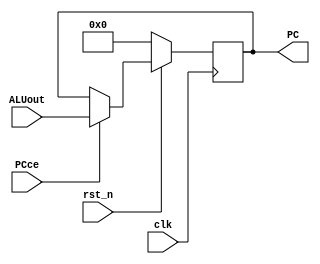
module PC_reg (clk, rst_n, PCce, ALUout, PC); 

input clk, rst_n, PCce;
input [15:0] ALUout;

output reg [15:0] PC;

always @(posedge clk)
 if(!rst_n) PC <= 16'b0000_0000_0000_0000;
 else if (PCce) PC <= ALUout[15:0];

endmodule